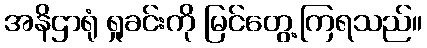
အနိဌာရုံ ရှုခင်းကို မြင်တွေ့ကြရသည်။